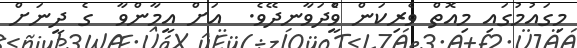
މިގައުމުގައި މިއޮތް ވެރިކަން ވީެްދަވާނދޭވެ.  އަށް އީމާންވާ  ގެ ދީނަށް